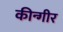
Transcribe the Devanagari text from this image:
कीन्गीर